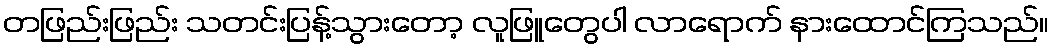
တဖြည်းဖြည်း သတင်းပြန့်သွားတော့ လူဖြူတွေပါ လာရောက် နားထောင်ကြသည်။